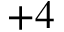
+ 4